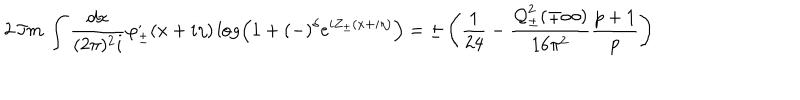
LaTeX: 2 \, \Im m \, \int \frac { d x } { ( 2 \pi ) ^ { 2 } i } \varphi _ { \pm } ^ { , } ( x + i \eta ) \log \left( 1 + ( - ) ^ { \delta } e ^ { i Z _ { \pm } ( x + i \eta ) } \right) = \pm \left( \frac { 1 } { 2 4 } - \frac { { \cal Q } _ { \pm } ^ { 2 } ( \mp \infty ) } { 1 6 \pi ^ { 2 } } \frac { p + 1 } { p } \right)